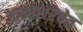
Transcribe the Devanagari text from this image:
आकाशरेषेत